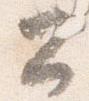
公